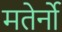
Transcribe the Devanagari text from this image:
मतेर्नो